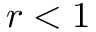
r < 1